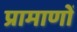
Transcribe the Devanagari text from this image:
प्रामाणों